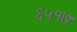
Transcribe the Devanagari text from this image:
६५१७